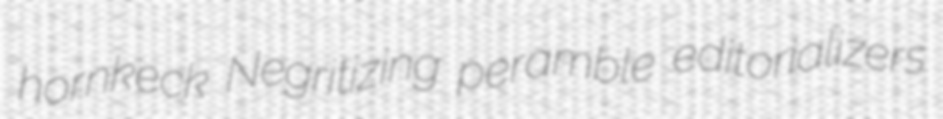
hornkeck Negritizing peramble editorializers